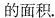
的面积。